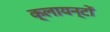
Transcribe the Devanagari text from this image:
क्लायन्टों